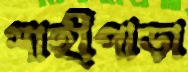
শাহীপাড়া